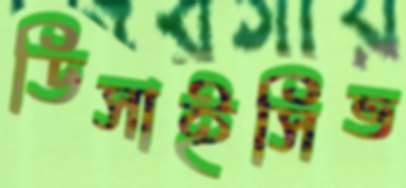
ডিসাইসিভ